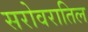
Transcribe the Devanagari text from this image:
सरोवरातिल